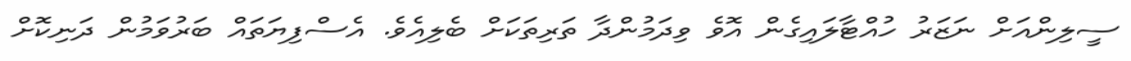
ސީލިންއަށް ނަޒަރު ހުއްޓާލައިގެން އޮވެ ވިދަމުންދާ ތަރިތަކަށް ބެލިއެވެ. އެސްފިޔަތައް ބަރުވަމުން ދަނިކޮށް